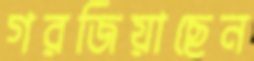
গরজিয়াছেন